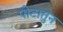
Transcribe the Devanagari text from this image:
पोटातुन